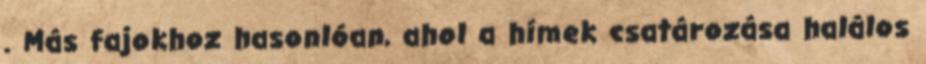
. Más fajokhoz hasonlóan, ahol a hímek csatározása halálos